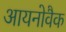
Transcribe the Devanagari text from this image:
आयनोवैक